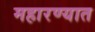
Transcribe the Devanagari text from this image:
महारण्यात